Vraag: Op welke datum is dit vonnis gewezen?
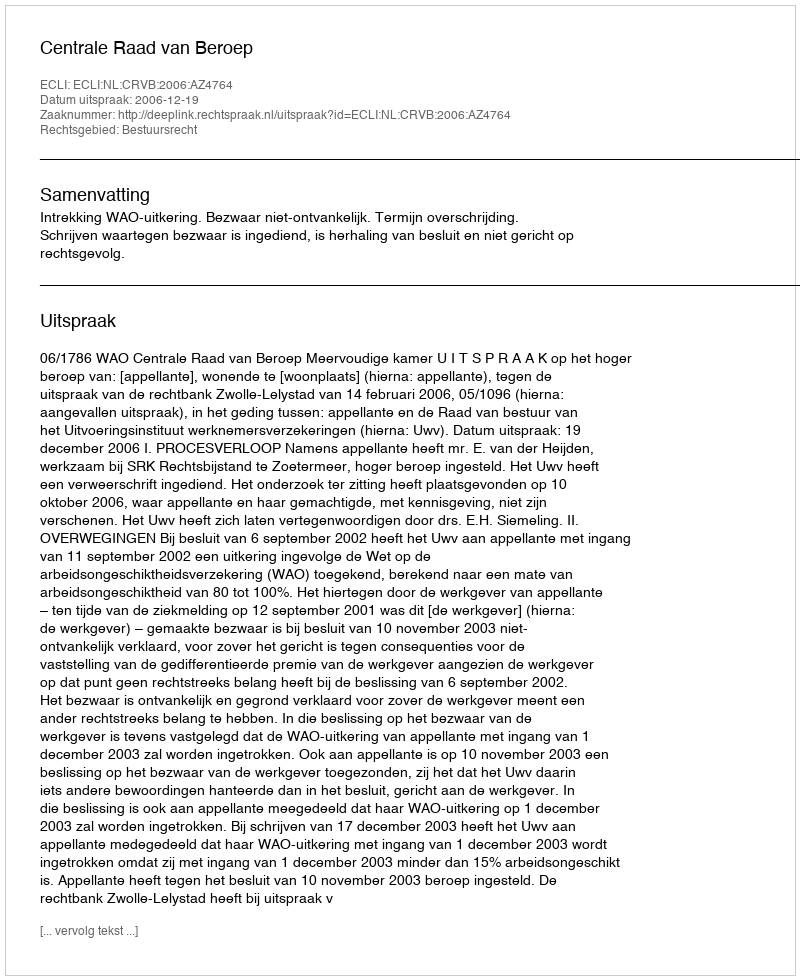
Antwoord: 2006-12-19